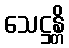
သေဋ္ဌန္တိ